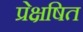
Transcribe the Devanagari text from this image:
प्रेक्षषित